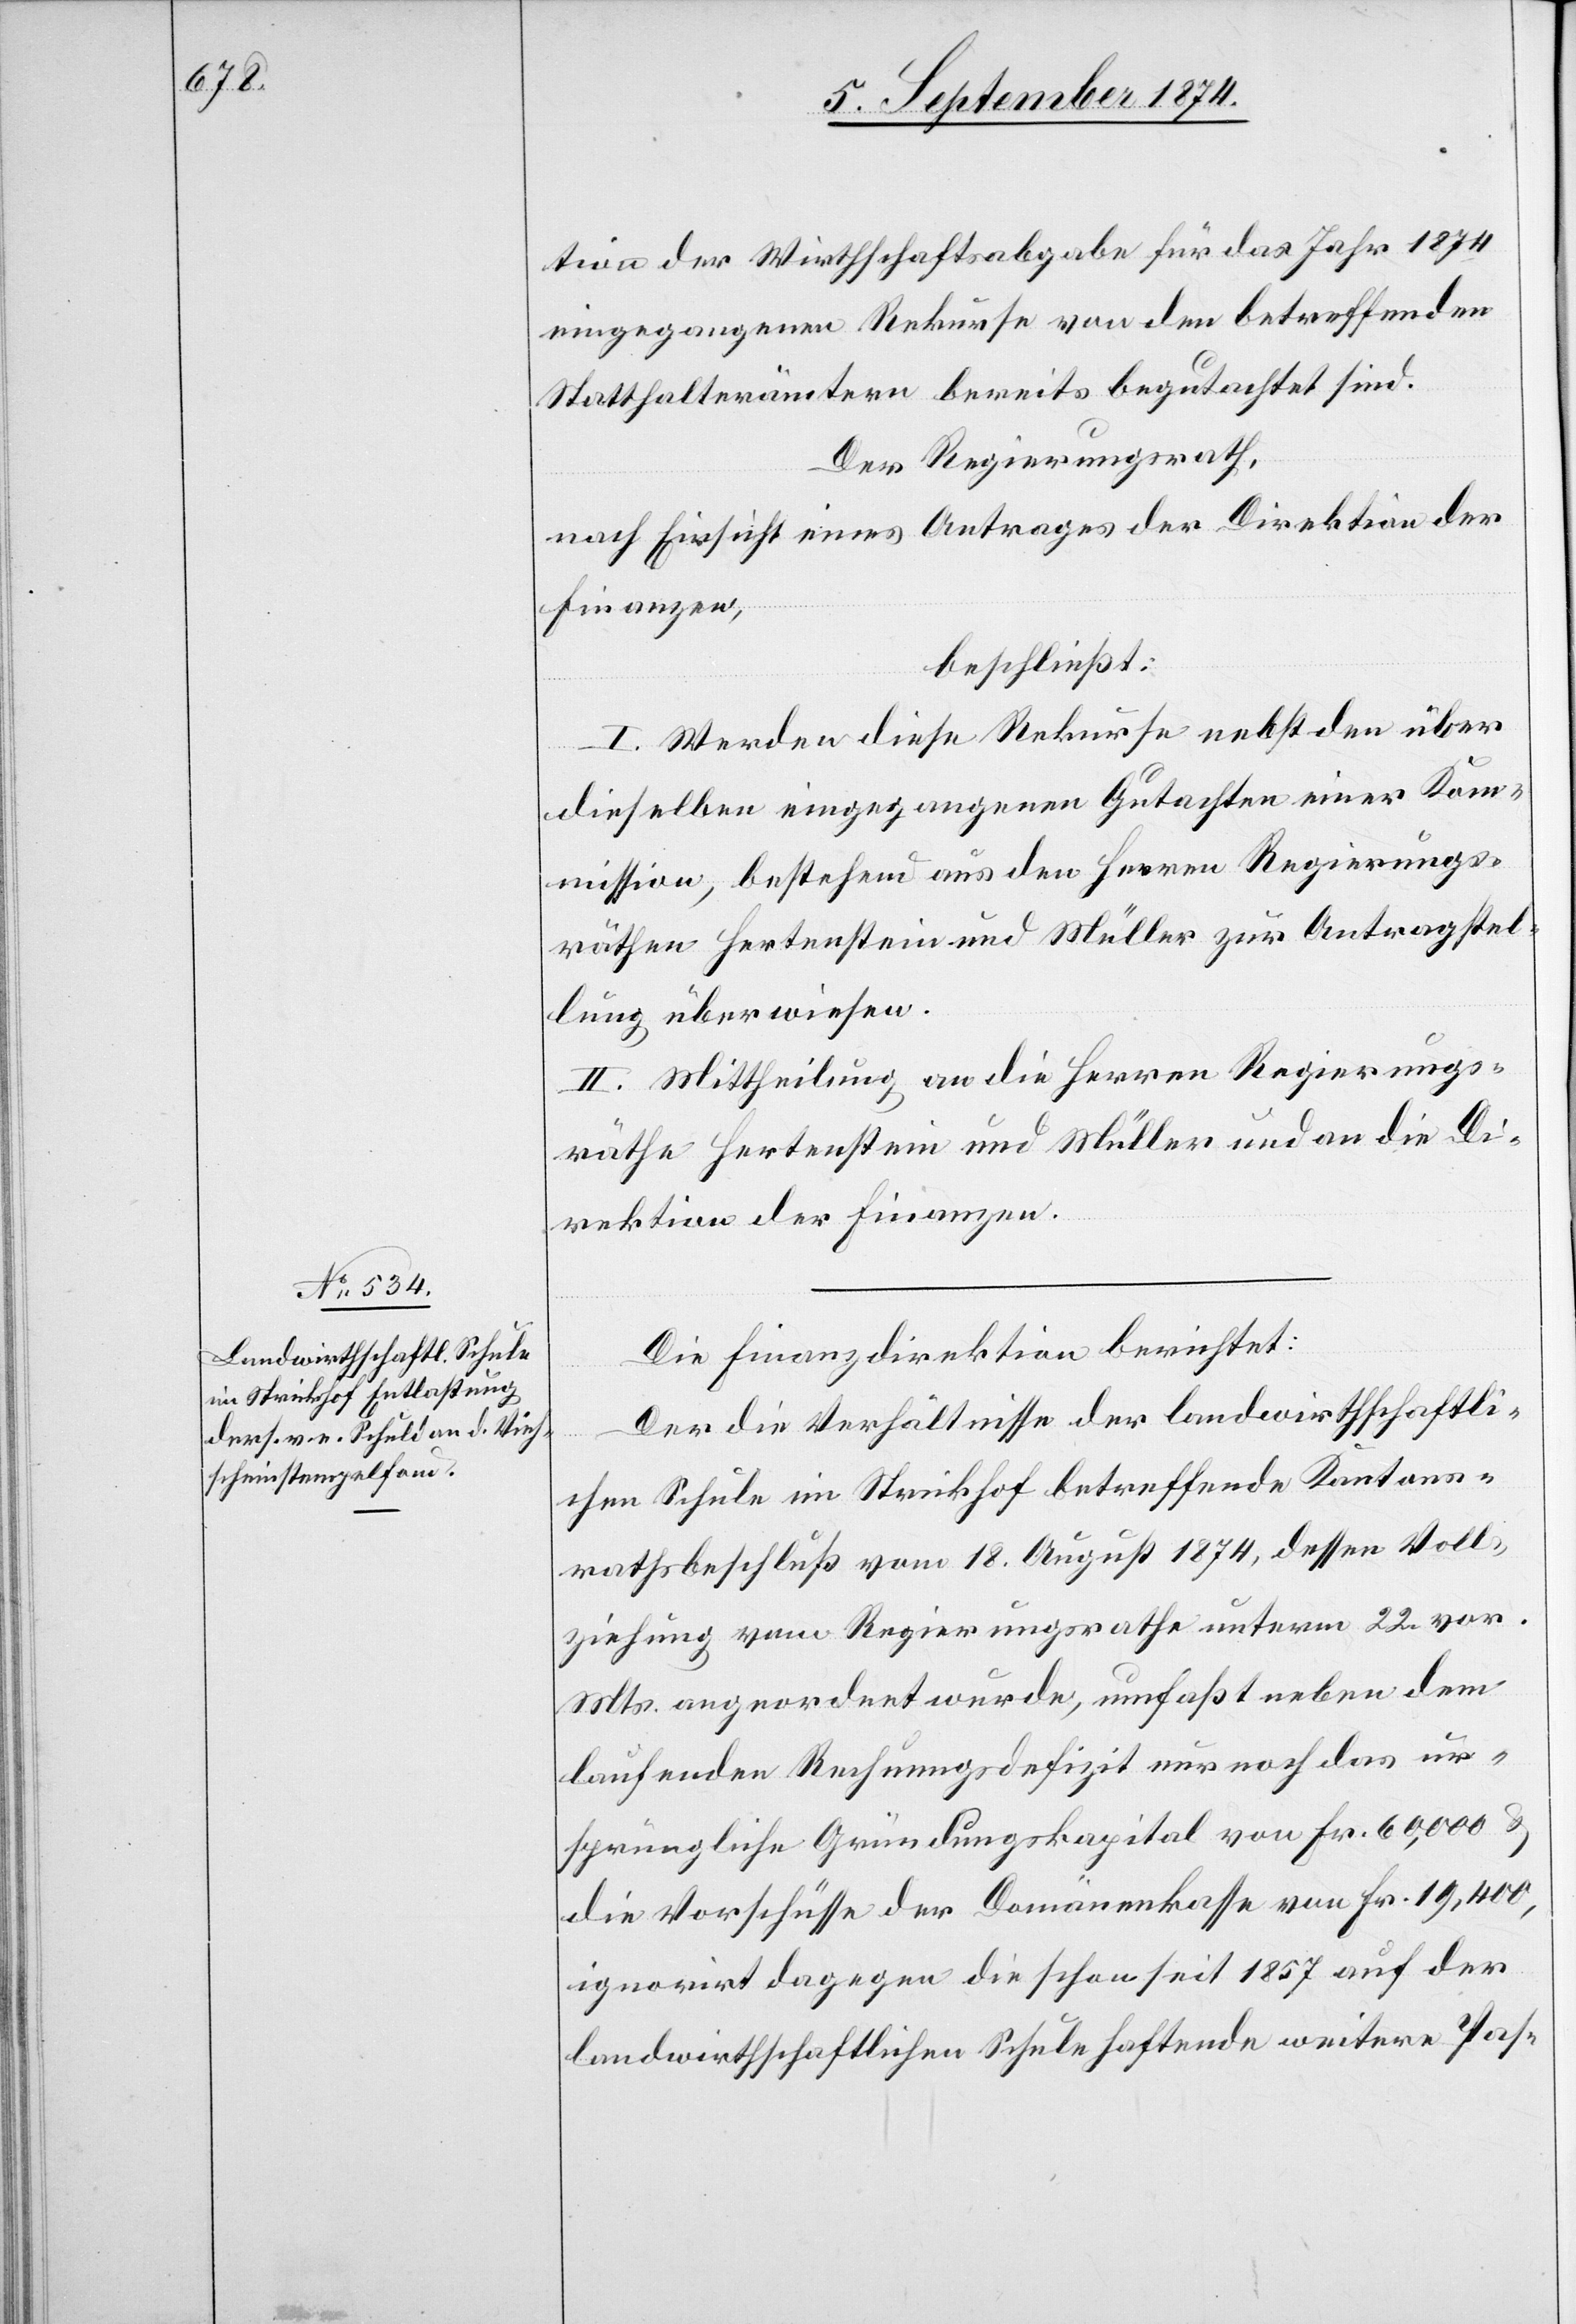
tion der Wirthschaftsabgabe für das Jahr 1874
eingegangenen Rekurse von den betreffenden
Statthalterämtern bereits begutachtet sind.
Der Regierungsrath,
nach Einsicht eines Antrages der Direktion der
Finanzen,
beschließt:
I. Werden diese Rekurse nebst den über
dieselben eingegangenen Gutachten einer Kom¬
mission, bestehend aus den Herren Regierungs¬
räthen Hertenstein und Müller zur Antragstel¬
lung überwiesen.
II. Mittheilung an die Herren Regierungs¬
räthe Hertenstein und Müller und an die Di¬
rektion der Finanzen.
Die Finanzdirektion berichtet:
Der die Verhältnisse der landwirthschaftli¬
chen Schule im Strickhof betreffende Kantons¬
rathsbeschluß vom 18. August 1874, dessen Voll¬
ziehung vom Regierungsrathe unterm 22. vor.
Mts. angeordnet wurde, umfaßt neben dem
laufenden Rechnungsdefizit nur noch das ur¬
sprüngliche Gründungskapital von Fr. 60,000 u.
die Vorschüsse der Domänenkasse von Fr. 19,400,
ignorirt dagegen die schon seit 1857 auf der
landwirthschaftlichen Schule haftende weitere Pas-